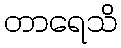
တာရေသိ